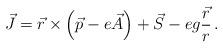
LaTeX: \begin{align*}\vec{J} = \vec{r} \times \left( \vec{p} - e \vec{A} \right) + \vec{S} - eg \frac{\vec{r}}{r} \, .\end{align*}